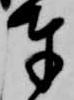
奉